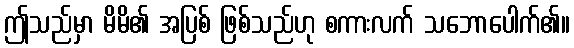
ဤသည်မှာ မိမိ၏ အပြစ် ဖြစ်သည်ဟု စကားလက် သဘောပေါက်၏။